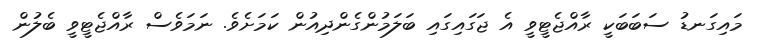
މައިގަނޑު ސަބަބަކީ ރާއްޖެޓީވީ އެ ޖަގައިގައި ބަލަމުންގެންދިއުން ކަމަށެވެ. ނަމަވެސް ރާއްޖެޓީވީ ބެލުން